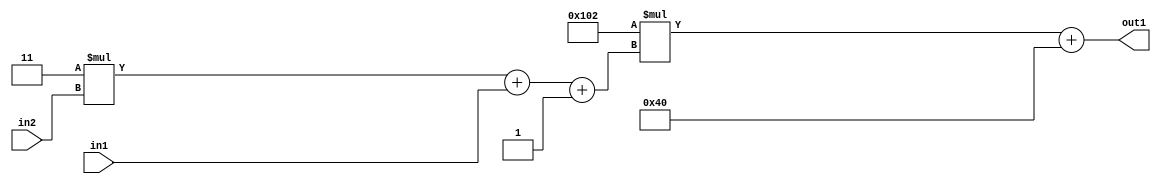
`timescale 1ps / 1ps
/*****************************************************************************
    Verilog RTL Description
    
    
    Created by: Stratus DpOpt 2019.1.01 
*******************************************************************************/

module DC_Filter_Add2i64Mul2i258Add3i1u1Mul2i3u2_4 (
	in2,
	in1,
	out1
	); /* architecture "behavioural" */ 
input [1:0] in2;
input  in1;
output [11:0] out1;
wire [11:0] asc001;
wire [3:0] asc002;

wire [3:0] asc002_tmp_0;
wire [3:0] asc002_tmp_1;
assign asc002_tmp_1 = 
	+(4'B0011 * in2);
assign asc002_tmp_0 = asc002_tmp_1
	+(in1);
assign asc002 = asc002_tmp_0
	+(4'B0001);

wire [11:0] asc001_tmp_2;
assign asc001_tmp_2 = 
	+(12'B000100000010 * asc002);
assign asc001 = asc001_tmp_2
	+(12'B000001000000);

assign out1 = asc001;
endmodule

/* CADENCE  vrP2Swo= : u9/ySgnWtBlWxVPRXgAZ4Og= ** DO NOT EDIT THIS LINE ******/